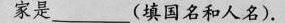
家是___（填国名和人名)。